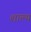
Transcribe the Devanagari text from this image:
शाल्य